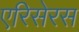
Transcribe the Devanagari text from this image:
एरिसेरस